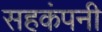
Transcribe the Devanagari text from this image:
सहकंपनी